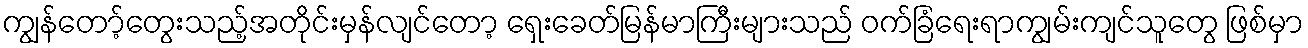
ကျွန်တော့်တွေးသည့်အတိုင်းမှန်လျင်တော့ ရှေးခေတ်မြန်မာကြီးများသည် ဝက်ခြံရေးရာကျွမ်းကျင်သူတွေ ဖြစ်မှာ